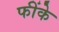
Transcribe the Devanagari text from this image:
फींके